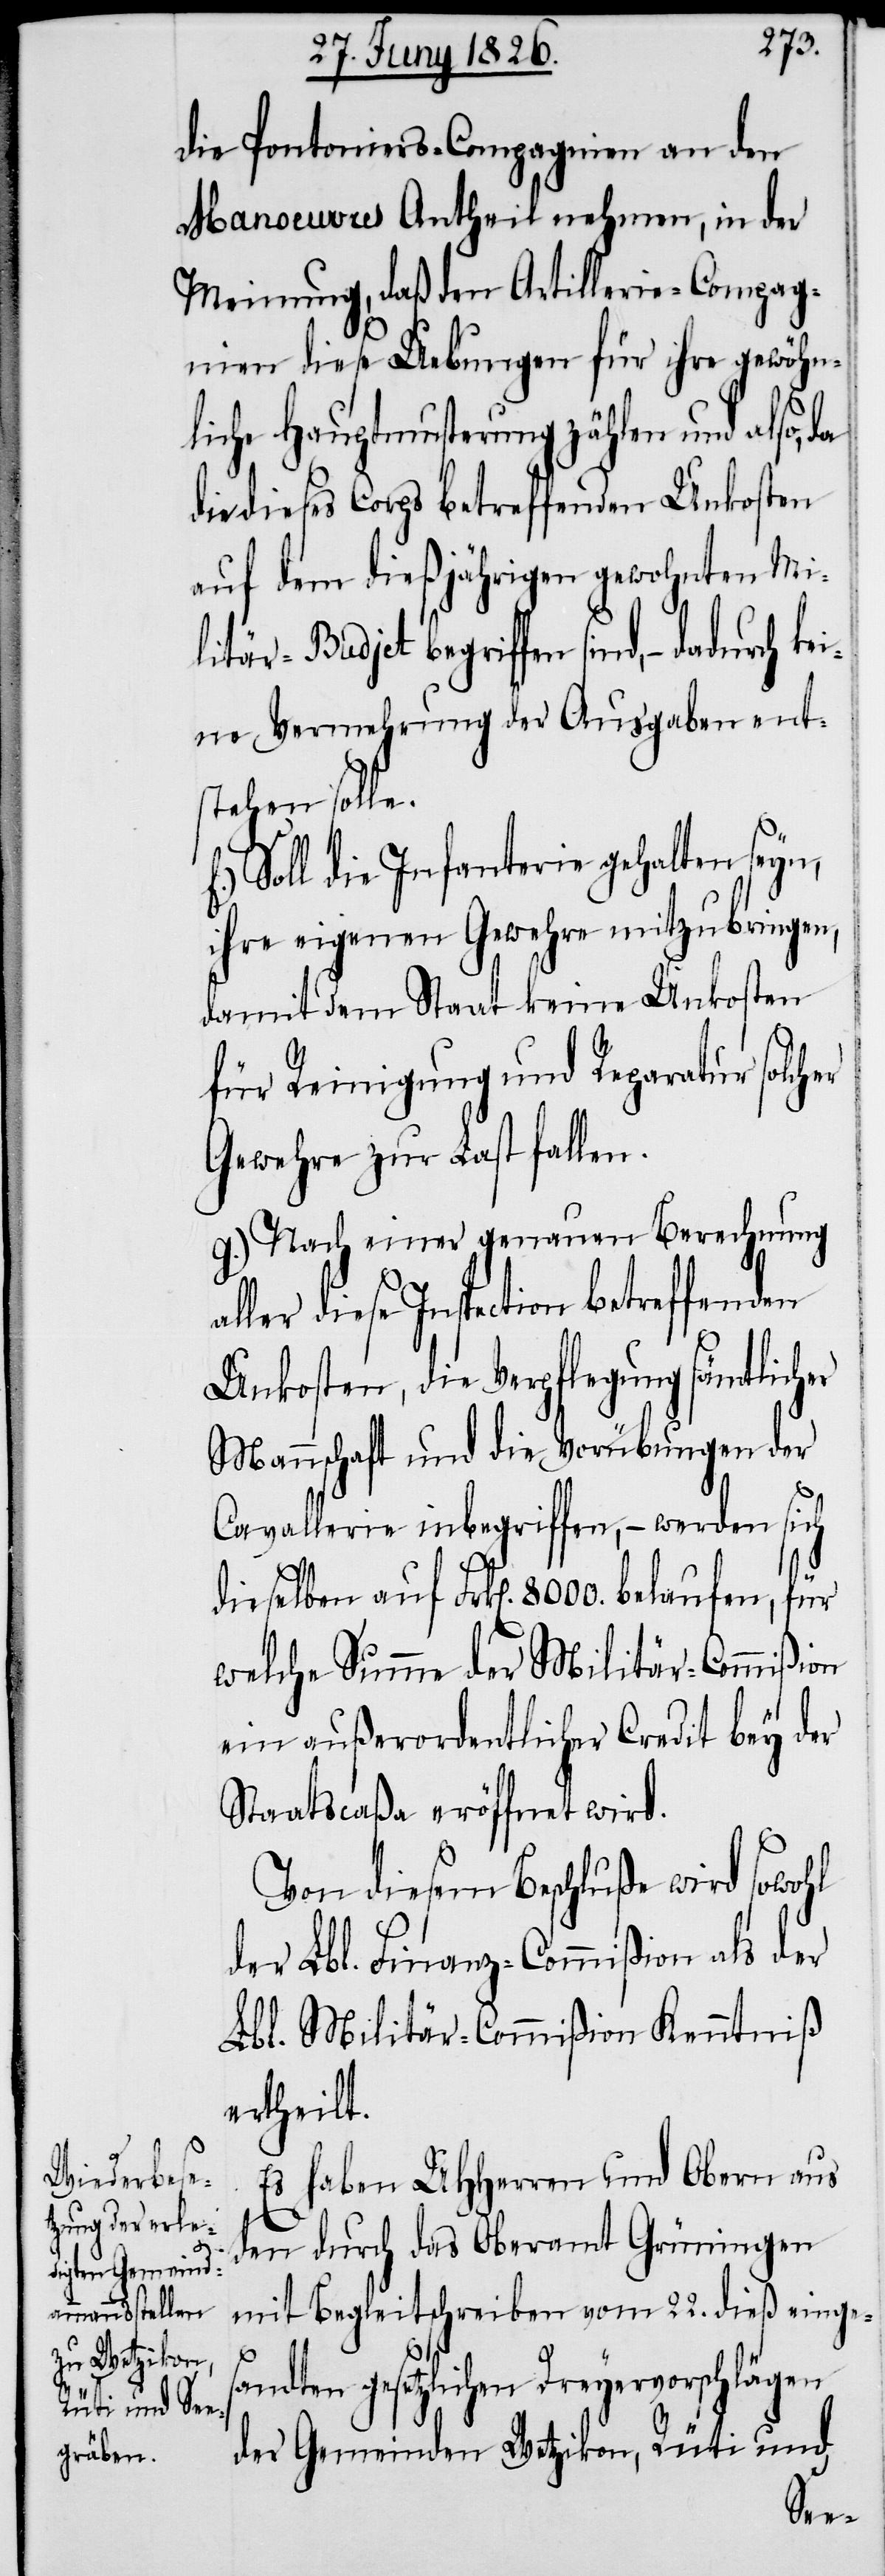
die Pontoniers-Compagnien an den
Manoeuvres Antheil nehmen, in der
Meinung, daß den Artillerie-Compag¬
nien diese Uebungen für ihre gewöhn¬
liche Hauptmusterung zählen und also,
die dieses Corps betreffenden Unkosten
auf dem dießjährigen gewohnten Mi¬
litär-Budjet begriffen sind, – dadurch
ne Vermehrung der Ausgaben ent¬
stehen solle.
Soll die Infanterie gehalten sey,
ihre eigenen Gewehre mitzubringen,
damit dem Staat keine Unkosten
für Reinigung und Reparatur solcher
Gewehre zur Last fallen.
g.) Nach einer genauen Berechnung
diese Inspection betreffenden
Unkosten, die Verpflegung sämtlicher
Mannschaft und die Vorübungen der
Cavallerie inbegriffen, – werden sich
dieselben auf Frk[en]. 8000. belaufen, für
welche Summe der Militär-Commißion
ein außerordentlicher Credit bey der
Staatscaßa eröffnet wird.
Von diesem Beschluße wird sowohl
der Lbl. Finanz-Commißion als der
Lbl. Militär-Commißion Kenntniß
ertheilt.
Es haben UHHerren und Obern aus
den durch das Oberamt Grüningen
mit Begleitschreiben vom 22. dieß einges¬
andten gesetzlichen Dreyervorschlägen
der Gemeinden Wetzikon, Rüti und
kei¬